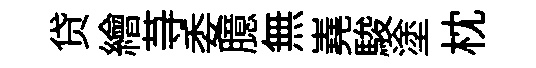
贷繪䒭委臆無嶤駿塗枕